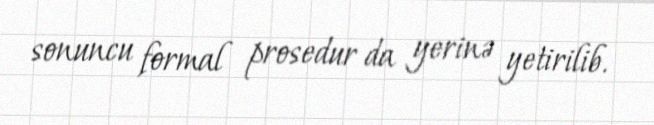
sonuncu formal prosedur da yerinə yetirilib.